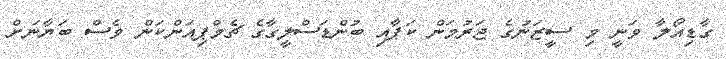
ގާޑިއޯލާ ވަނީ މި ސީޒަނުގެ ޖަރުމަން ކަޕާއި ބުންޑަސްލީގާގެ ޗެމްޕިއަންކަން ވެސް ބަޔާނަށް